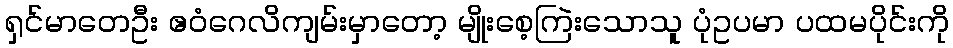
ရှင်မာတေဦး ဧဝံဂေလိကျမ်းမှာတော့ မျိုးစေ့ကြဲးသောသူ ပုံဥပမာ ပထမပိုင်းကို